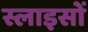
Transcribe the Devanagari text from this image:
स्लाइसों